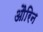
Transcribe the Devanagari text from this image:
औरिन